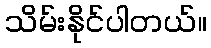
သိမ်းနိုင်ပါတယ်။